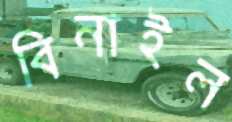
বিনাইল